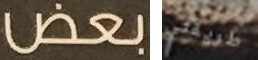
بعض طريقتي